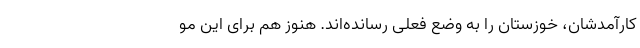
کارآمدشان، خوزستان را به وضع فعلی رسانده‌اند. هنوز هم برای این مو